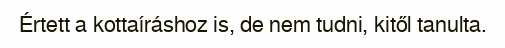
Értett a kottaíráshoz is, de nem tudni, kitől tanulta.